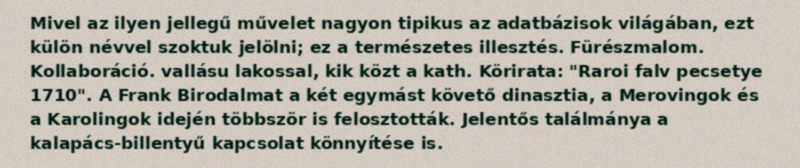
Mivel az ilyen jellegű művelet nagyon tipikus az adatbázisok világában, ezt külön névvel szoktuk jelölni; ez a természetes illesztés. Fürészmalom. Kollaboráció. vallásu lakossal, kik közt a kath. Körirata: "Raroi falv pecsetye 1710". A Frank Birodalmat a két egymást követő dinasztia, a Merovingok és a Karolingok idején többször is felosztották. Jelentős találmánya a kalapács-billentyű kapcsolat könnyítése is.